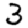
Digit: 3